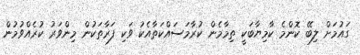
ގައުމަށް ލިބޭ ކޮންމެ ކާމިޔާބަކީ ތިމާމެން ކުރާމަސައްކަތާއެކު ވަކި ފަރާތަކުން މިންވަރު ކުރެއްވުމުން